Indian journal of veterinary science and animal husbandry - Volumes 22-23, 1952-1953
Year: 1952
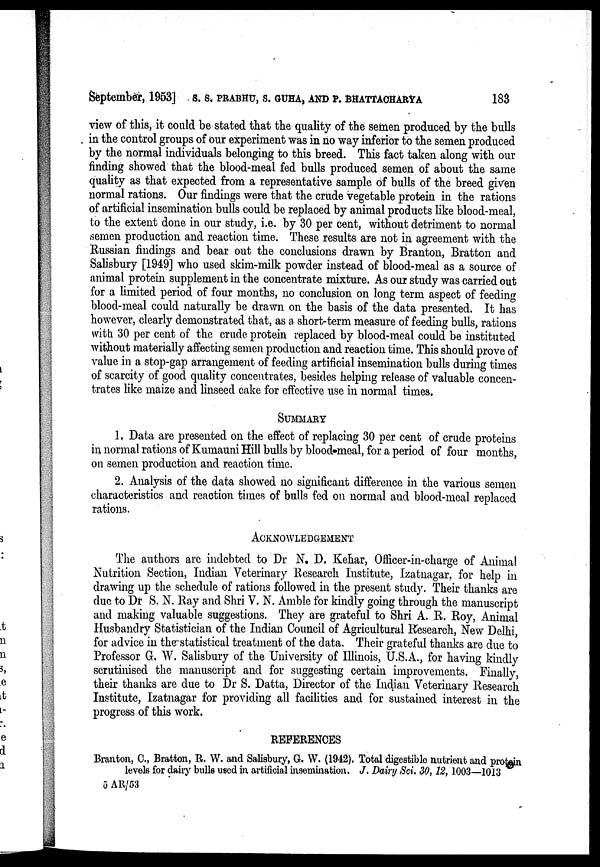
September, 1953] S. S. PRABHU, S. GUHA, AND P. BHATTACHARYA 185
view of this, it could be stated that the quality of the semen produced by the bulls
in the control groups of our experiment was in no way inferior to the semen produced
by the normal individuals belonging to this breed. This fact taken along with our
finding showed that the blood-meal fed bulls produced semen of about the same
quality as that expected from a representative sample of bulls of the breed given
normal rations. Our findings were that the crude vegetable protein in the rations
of artificial insemination bulls could be replaced by animal products like blood-meal,
to the extent done in our study, i.e. by 30 per cent, without detriment to normal
semen production and reaction time. These results are not in agreement with the
Russian findings and bear out the conclusions drawn by Branton, Bratton and
Salisbury [1949] who used skim-milk powder instead of blood-meal as a source of
animal protein supplement in the concentrate mixture. As our study was carried out
for a limited period of four months, no conclusion on long term aspect of feeding
blood-meal could naturally be drawn on the basis of the data presented. It has
however, clearly demonstrated that, as a short-term measure of feeding bulls, rations
with. 30 per cent of the crude protein replaced by blood-meal could be instituted
without materially affecting semen production and reaction time. This should prove of
value in a stop-gap arrangement of feeding artificial insemination bulls during times
of scarcity of good quality concentrates, besides helping release of valuable concen-
trates like maize and linseed cake for effective use in normal times.
SUMMARY
1. Data are presented on the effect of replacing 30 per cent of crude proteins
in normal rations of Kumauni Hill bulls by blood-meal, for a period of four months,
on semen production and reaction time.
2. Analysis of the data showed no significant difference in the various semen
characteristics and reaction times of bulls fed on normal and blood-meal replaced
rations.
ACKNOWLEDGEMENT
The authors are indebted to Dr N. D. Kehar, Officer-in-charge of Animal
Nutrition Section, Indian Veterinary Research Institute, Izatnagar, for help in
drawing up the schedule of rations followed in the present study. Their thanks are
due to Dr S. N. Ray and Shri V. N. Amble for kindly going through the manuscript
and making valuable suggestions. They are grateful to Shri A. R. Roy, Animal
Husbandry Statistician of the Indian Council of Agricultural Research, New Delhi,
for advice in the statistical treatment of the data. Their grateful thanks are due to
Professor G. W. Salisbury of the University of Illinois, U.S.A., for having kindly
scrutinised the manuscript and for suggesting certain improvements. Finally,
their thanks are due to Dr S. Datta, Director of the Indian Veterinary Research
Institute, Izatnagar for providing all facilities and for sustained interest in the
progress of this work.
REFERENCES
Branton, C., Bratton, R. W. and Salisbury, G. W. (1942). Total digestible nutrient and protein
levels for dairy bulls used in artificial insemination. J. Dairy Sci. 30,12, 1003—1013
5 AR/53